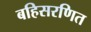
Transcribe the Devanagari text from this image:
बहिसरणित